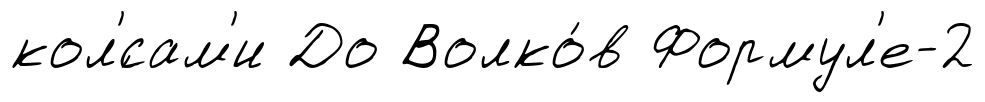
кол'́сам'и До Волко́в Формул'е-2